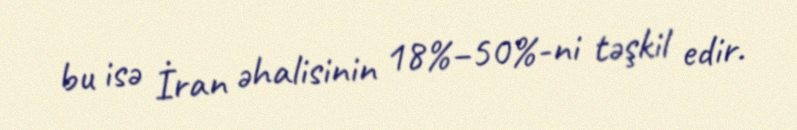
bu isə İran əhalisinin 18%–50%-ni təşkil edir.